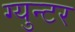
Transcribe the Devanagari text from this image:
ग्युन्टर